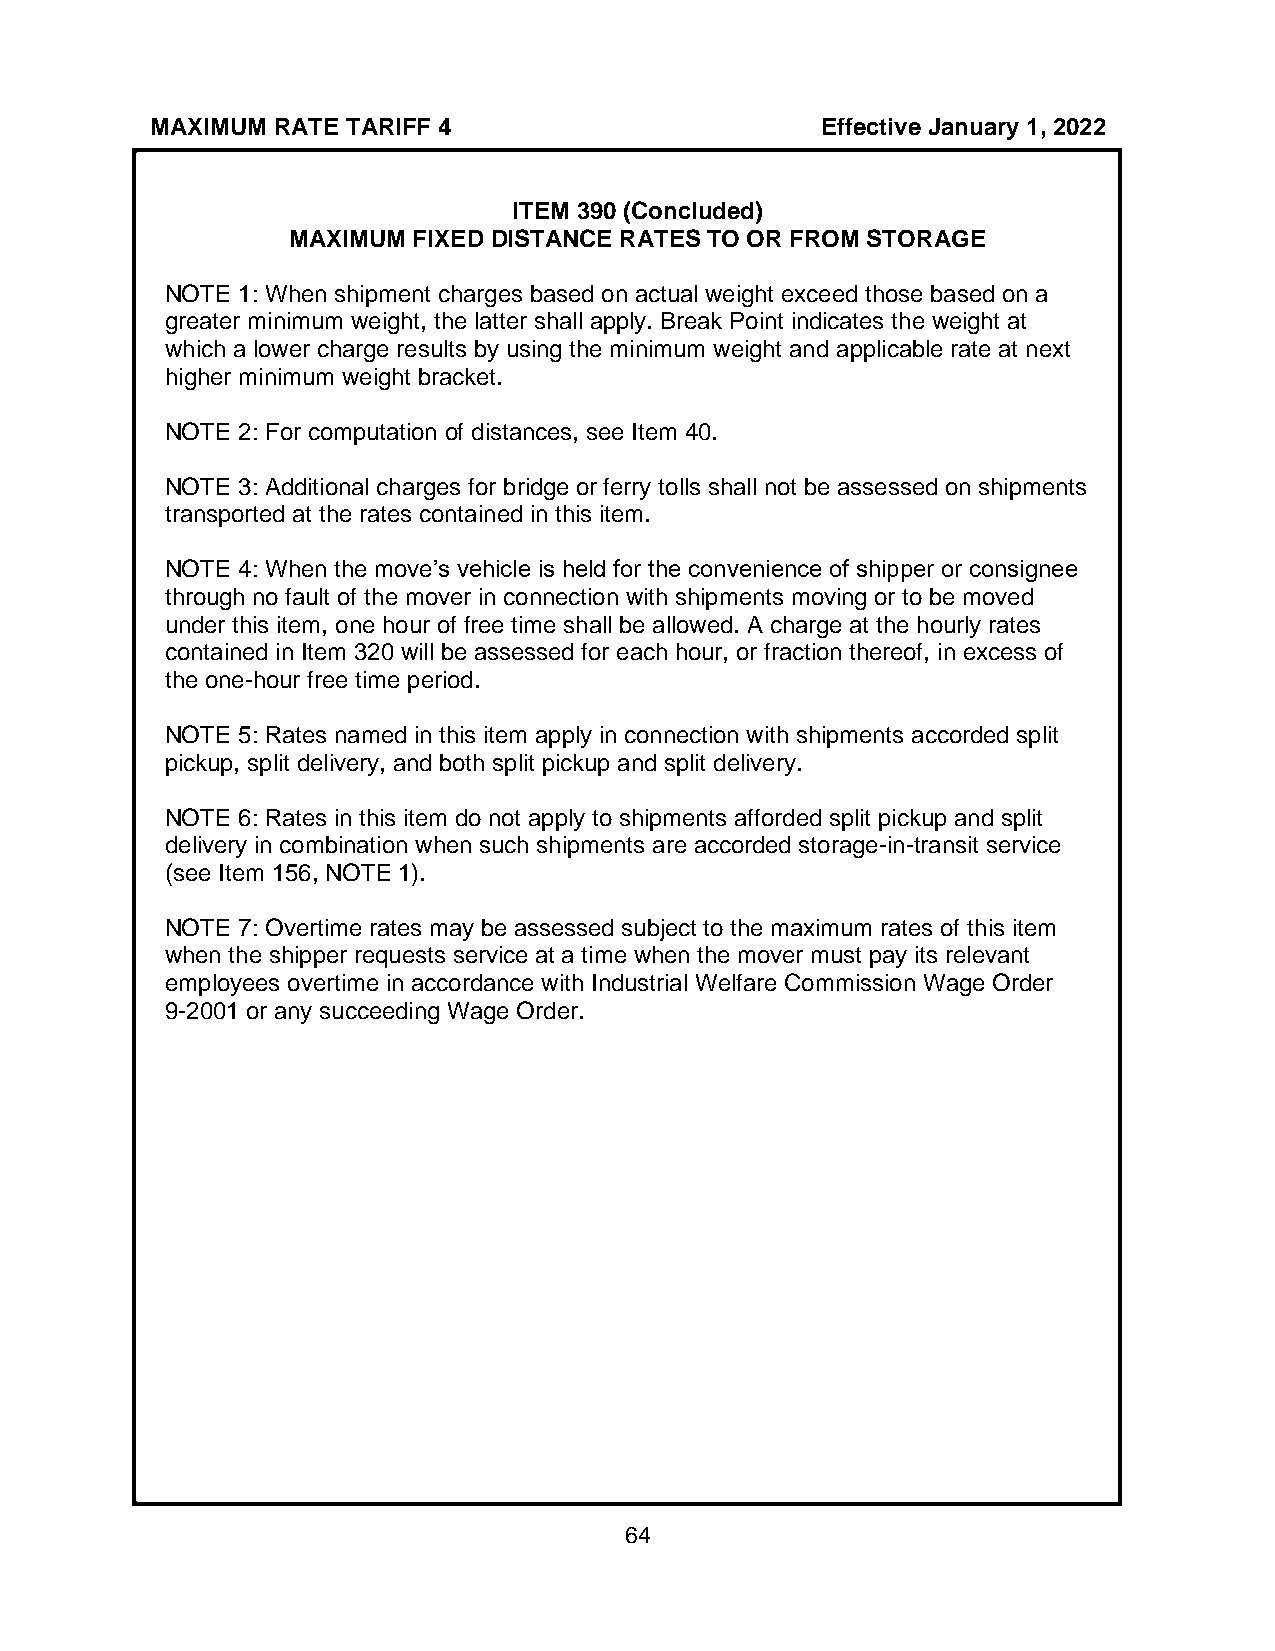
MAXIMUM RATE TARIFF 4                       Effective January 1, 2022
 ITEM 390 (Concluded)
 MAXIMUM FIXED DISTANCE RATES TO OR FROM STORAGE
 NOTE 1: When shipment charges based on actual weight exceed those based on a
 greater minimum weight, the latter shall apply. Break Point indicates the weight at
 which a lower charge results by using the minimum weight and applicable rate at next
 higher minimum weight bracket.
 NOTE 2: For computation of distances, see Item 40.
 NOTE 3: Additional charges for bridge or ferry tolls shall not be assessed on shipments
 transported at the rates contained in this item.
 NOTE 4: When the move’s vehicle is held for the convenience of shipper or consignee
 through no fault of the mover in connection with shipments moving or to be moved
 under this item, one hour of free time shall be allowed. A charge at the hourly rates
 contained in Item 320 will be assessed for each hour, or fraction thereof, in excess of
 the one-hour free time period.
 NOTE 5: Rates named in this item apply in connection with shipments accorded split
 pickup, split delivery, and both split pickup and split delivery.
 NOTE 6: Rates in this item do not apply to shipments afforded split pickup and split
 delivery in combination when such shipments are accorded storage-in-transit service
 (see Item 156, NOTE 1).
 NOTE 7: Overtime rates may be assessed subject to the maximum rates of this item
 when the shipper requests service at a time when the mover must pay its relevant
 employees overtime in accordance with Industrial Welfare Commission Wage Order
 9-2001 or any succeeding Wage Order.
 64